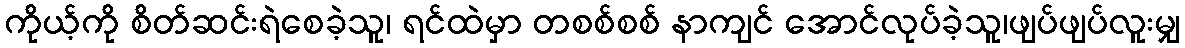
ကိုယ့်ကို စိတ်ဆင်းရဲစေခဲ့သူ၊ ရင်ထဲမှာ တစစ်စစ် နာကျင် အောင်လုပ်ခဲ့သူ၊ဖျပ်ဖျပ်လူးမျှ